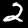
Digit: 2